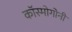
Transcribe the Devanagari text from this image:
कॉस्मोगोनी